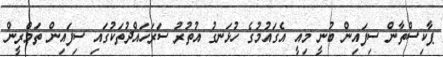
ޕާކިސްތާން ސިފައިން ބުނީ މިއީ އެގައުމުގެ ހުޅަނގު އުތުރު ސަރަހައްދުތަކުގައި ސިފައިން ތަމްރީން